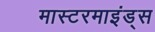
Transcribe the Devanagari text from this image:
मास्टरमाइंड्स